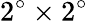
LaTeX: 2^{\circ}\times 2^{\circ}